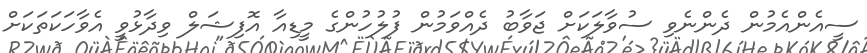
ސީއެންއެމުން ދެންނެވި ސުވާލަކަށް ޖަވާބު ދެއްވަމުން ފުލުހުންގެ މީޑިއާ އޮފިޝަލް ވިދާޅުވީ އެވާހަކަތަކަށް